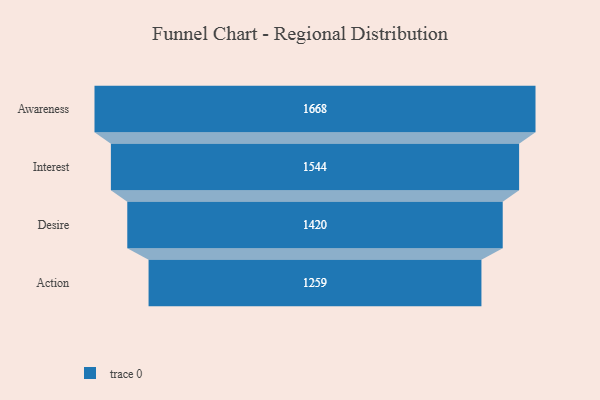
{"axis": {"x": "Stage", "y": "Value"}, "legend": [""], "data": [{"x": "Awareness", "y": 1668.0, "type": ""}, {"x": "Interest", "y": 1544.0, "type": ""}, {"x": "Desire", "y": 1420.0, "type": ""}, {"x": "Action", "y": 1259.0, "type": ""}]}